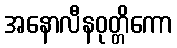
အနောလီနဝုတ္တိကော